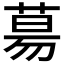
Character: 𦳝